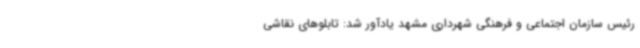
رئیس سازمان اجتماعی و فرهنگی شهرداری مشهد یادآور شد: تابلوهای نقاشی